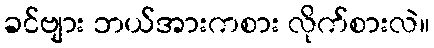
ခင်ဗျား ဘယ်အားကစား လိုက်စားလဲ။